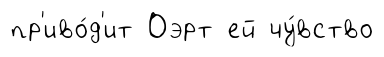
пр'иво́д'ит Оэрт ей чу́вство